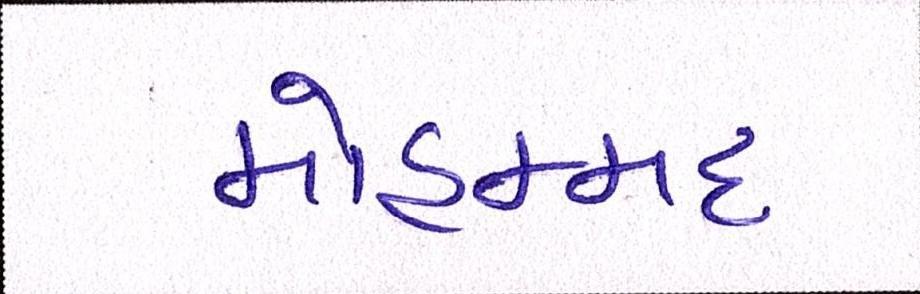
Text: મોહમ્મદ